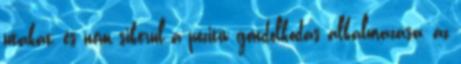
utakat, és nem sikerül a pozitív gondolkodás alkalmazása, az